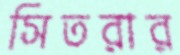
সিতরার